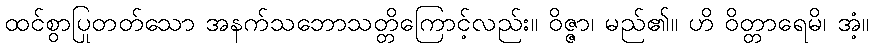
ထင်စွာပြုတတ်သော အနက်သဘောသတ္တိကြောင့်လည်း။ ဝိဇ္ဇာ၊ မည်၏။ ဟိ ဝိတ္တာရေမိ၊ အံ့။